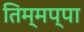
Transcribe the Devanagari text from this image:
तिम्मप्पा